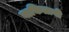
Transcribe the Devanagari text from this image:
वाकितानी